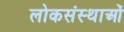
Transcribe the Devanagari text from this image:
लोकसंस्थाओं